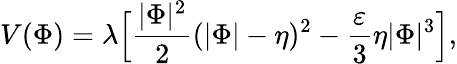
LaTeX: V(\Phi)=\lambda\Bigl[{\frac{|\Phi|^{2}}{2}}(|\Phi|-\eta)^{2}-\frac{\varepsilon}{3}{\eta}|\Phi|^{3}\Bigr],